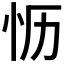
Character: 𪫡